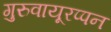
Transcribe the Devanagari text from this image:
गुरुवायूरप्पन